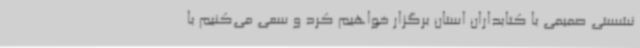
نشستی صمیمی با کتابداران استان برگزار خواهیم کرد و سعی می‌کنیم با